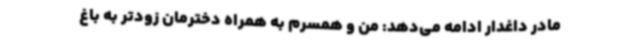
مادر داغدار ادامه می‌دهد: من و همسرم به همراه دخترمان زودتر به باغ